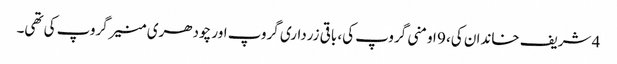
4 شریف خاندان کی، 9 اومنی گروپ کی، باقی زرداری گروپ اور چودھری منیر گروپ کی تھی۔